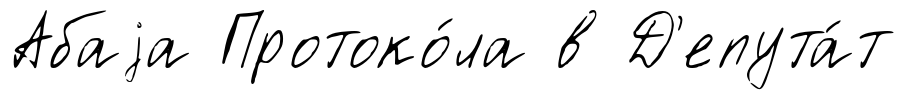
Абаjа Протоко́ла в Д'епута́т